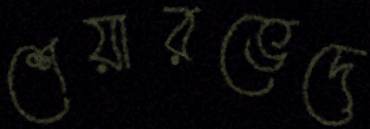
শেয়ারভেদে